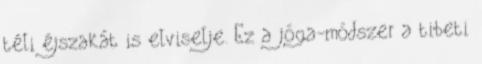
téli éjszakát is elviselje. Ez a jóga-módszer a tibeti